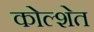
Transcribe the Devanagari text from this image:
कोल्शेत